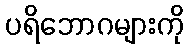
ပရိဘောဂများကို